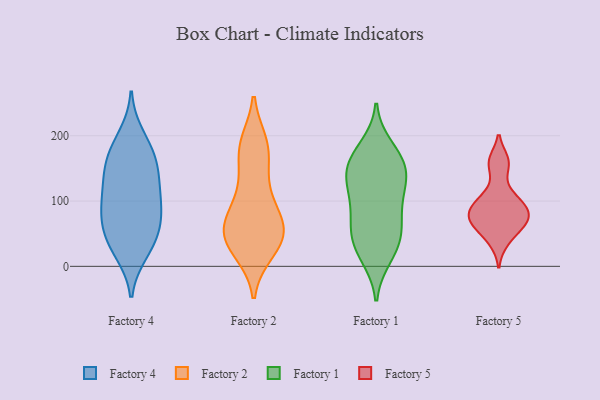
{"axis": {"x": "Operating Costs (USD K)", "y": "Value"}, "legend": ["Factory 1", "Factory 2", "Factory 4", "Factory 5"], "data": [{"x": "", "y": 99, "type": "Factory 4"}, {"x": "", "y": 81, "type": "Factory 4"}, {"x": "", "y": 21, "type": "Factory 4"}, {"x": "", "y": 52, "type": "Factory 4"}, {"x": "", "y": 165, "type": "Factory 4"}, {"x": "", "y": 43, "type": "Factory 4"}, {"x": "", "y": 79, "type": "Factory 4"}, {"x": "", "y": 135, "type": "Factory 4"}, {"x": "", "y": 54, "type": "Factory 4"}, {"x": "", "y": 200, "type": "Factory 4"}, {"x": "", "y": 24, "type": "Factory 4"}, {"x": "", "y": 138, "type": "Factory 4"}, {"x": "", "y": 144, "type": "Factory 4"}, {"x": "", "y": 183, "type": "Factory 4"}, {"x": "", "y": 169, "type": "Factory 4"}, {"x": "", "y": 91, "type": "Factory 4"}, {"x": "", "y": 109, "type": "Factory 4"}, {"x": "", "y": 55, "type": "Factory 2"}, {"x": "", "y": 51, "type": "Factory 2"}, {"x": "", "y": 31, "type": "Factory 2"}, {"x": "", "y": 47, "type": "Factory 2"}, {"x": "", "y": 23, "type": "Factory 2"}, {"x": "", "y": 184, "type": "Factory 2"}, {"x": "", "y": 94, "type": "Factory 2"}, {"x": "", "y": 76, "type": "Factory 2"}, {"x": "", "y": 117, "type": "Factory 2"}, {"x": "", "y": 53, "type": "Factory 2"}, {"x": "", "y": 26, "type": "Factory 2"}, {"x": "", "y": 182, "type": "Factory 2"}, {"x": "", "y": 74, "type": "Factory 2"}, {"x": "", "y": 175, "type": "Factory 2"}, {"x": "", "y": 135, "type": "Factory 2"}, {"x": "", "y": 188, "type": "Factory 2"}, {"x": "", "y": 55, "type": "Factory 2"}, {"x": "", "y": 182, "type": "Factory 1"}, {"x": "", "y": 43, "type": "Factory 1"}, {"x": "", "y": 83, "type": "Factory 1"}, {"x": "", "y": 15, "type": "Factory 1"}, {"x": "", "y": 133, "type": "Factory 1"}, {"x": "", "y": 22, "type": "Factory 1"}, {"x": "", "y": 63, "type": "Factory 1"}, {"x": "", "y": 62, "type": "Factory 1"}, {"x": "", "y": 133, "type": "Factory 1"}, {"x": "", "y": 163, "type": "Factory 1"}, {"x": "", "y": 109, "type": "Factory 1"}, {"x": "", "y": 163, "type": "Factory 1"}, {"x": "", "y": 144, "type": "Factory 1"}, {"x": "", "y": 39, "type": "Factory 1"}, {"x": "", "y": 159, "type": "Factory 1"}, {"x": "", "y": 108, "type": "Factory 1"}, {"x": "", "y": 73, "type": "Factory 5"}, {"x": "", "y": 72, "type": "Factory 5"}, {"x": "", "y": 157, "type": "Factory 5"}, {"x": "", "y": 89, "type": "Factory 5"}, {"x": "", "y": 95, "type": "Factory 5"}, {"x": "", "y": 38, "type": "Factory 5"}, {"x": "", "y": 161, "type": "Factory 5"}, {"x": "", "y": 112, "type": "Factory 5"}, {"x": "", "y": 90, "type": "Factory 5"}, {"x": "", "y": 60, "type": "Factory 5"}, {"x": "", "y": 65, "type": "Factory 5"}]}